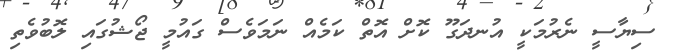
ސިޔާސީ ނެރުމަކީ އުނދަގޫ ކޮށް އޮތް ކަމެއް ނަމަވެސް ގައުމީ ޖޯޝުގައި ލޮބުވެތި